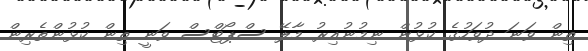
ތިން ވަނަ ދުވަހުގެ ކުޅުން ނިމުނުއިރު މާލޭ ސްޕޯޓްސް ވަނީ ތިން ކުޅުންތެރިން